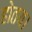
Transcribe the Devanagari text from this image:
होतय।